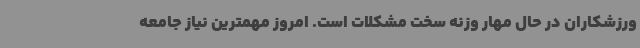
ورزشکاران در حال مهار وزنه سخت مشکلات است. امروز مهمترین نیاز جامعه